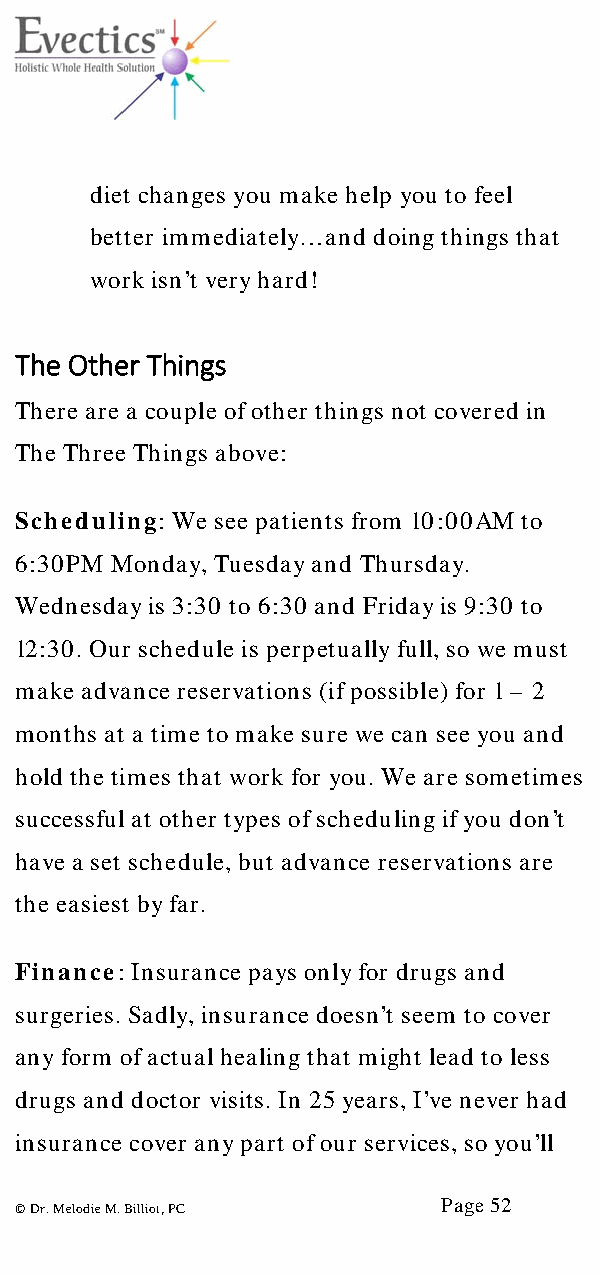
diet changes you make help you to feel
 better immediately… and doing things that
 work isn’t very hard!
 The Other Things
 There are a couple of other things not covered in
 The Three Things above:
 Scheduling: We see patients from 10:00AM to
 6:30PM Monday, Tuesday and Thursday.
 Wednesday is 3:30 to 6:30 and Friday is 9:30 to
 12:30. Our schedule is perpetually full, so we must
 make advance reservations (if possible) for 1 – 2
 months at a time to make sure we can see you and
 hold the times that work for you. We are sometimes
 successful at other types of scheduling if you don’t
 have a set schedule, but advance reservations are
 the easiest by far.
 Finance: Insurance pays only for drugs and
 surgeries. Sadly, insurance doesn’t seem to cover
 any form of actual healing that might lead to less
 drugs and doctor visits. In 25 years, I’ve never had
 insurance cover any part of our services, so you’ll
 Page 52
 © Dr. Melodie M. Billiot, PC